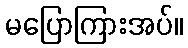
မပြောကြားအပ်။